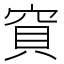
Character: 𥦎